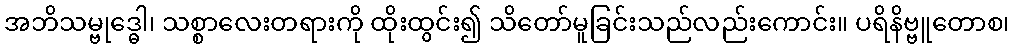
အဘိသမ္ဗုဒ္ဓေါ၊ သစ္စာလေးတရားကို ထိုးထွင်း၍ သိတော်မူခြင်းသည်လည်းကောင်း။ ပရိနိဗ္ဗူတောစ၊